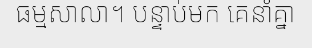
ធម្មសាលា។ បន្ទាប់មក គេនាំគ្នា